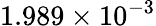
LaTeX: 1.989\times 10^{-3}